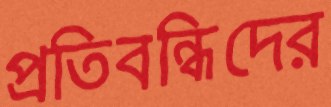
প্রতিবন্ধিদের